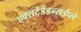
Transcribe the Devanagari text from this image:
एक्सटेंडेंडन्सईप्ले